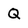
Character: Q